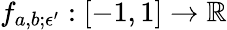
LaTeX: f_{a,b;\epsilon^{\prime}}:[-1,1]\to\mathbb{R}